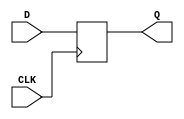
`ifdef verilator3
`else
`timescale 1 ps / 1 ps
`endif
//
// DFFN primitive for Gowin FPGAs
// Compatible with Verilator tool (www.veripool.org)
// Copyright (c) 2022 Frdric REQUIN
// License : BSD
//

module DFFN
#(
    parameter INIT = 1'b0
)
(
    input  CLK,
    input  D,
    output Q
);

    reg _r_Q;

    initial begin
        _r_Q = INIT;
    end

    always @(negedge CLK) begin
    
	    _r_Q <= D;
    end

    assign Q = _r_Q;

endmodule